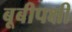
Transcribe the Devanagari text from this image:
बूबीपक्षी